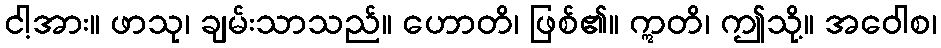
ငါ့အား။ ဖာသု၊ ချမ်းသာသည်။ ဟောတိ၊ ဖြစ်၏။ ဣတိ၊ ဤသို့။ အဝေါစ၊